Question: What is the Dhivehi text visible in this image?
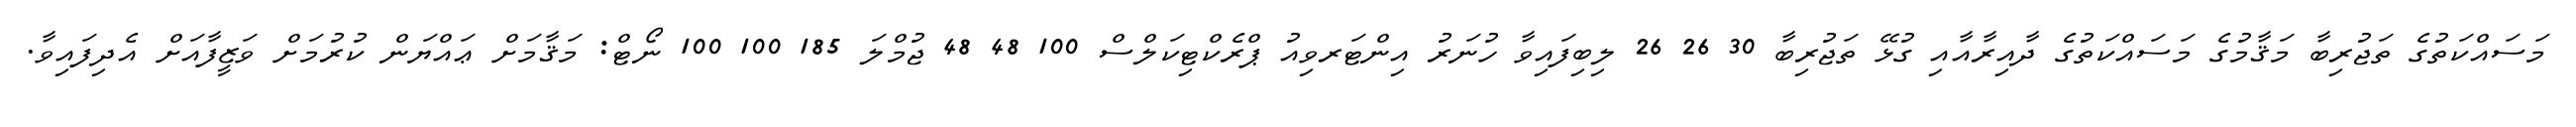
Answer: މަސައްކަތުގެ ތަޖުރިބާ މަޤާމުގެ މަސައްކަތުގެ ދާއިރާއާއި ގުޅޭ ތަޖުރިބާ 30 26 26 ލިބިފައިވާ ހުނަރު އިންޓަރވިއު ޕްރެކްޓިކަލްސް 100 48 48 ޖުމްލަ 185 100 100 ނޯޓް: މަޤާމަށް ޢައްޔަން ކުރުމަށް ވަޒީފާއަށް އެދިފައިވާ.